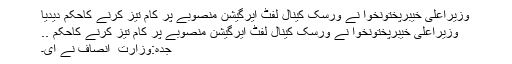
وزیراعلیٰ خیبرپختونخوا نے ورسک کینال لفٹ ایرگیشن منصوبے پر کام تیز کرنے کاحکم دیدیا
وزیراعلیٰ خیبرپختونخوا نے ورسک کینال لفٹ ایرگیشن منصوبے پر کام تیز کرنے کاحکم ..
جدہ:وزارت ِ انصاف نے ای۔